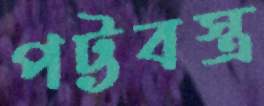
পট্টবস্ত্র